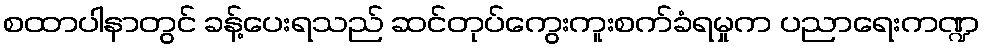
စထာပါနာတွင် ခန့်ပေးရသည် ဆင်တုပ်ကွေးကူးစက်ခံရမှုက ပညာရေးကဏ္ဍ